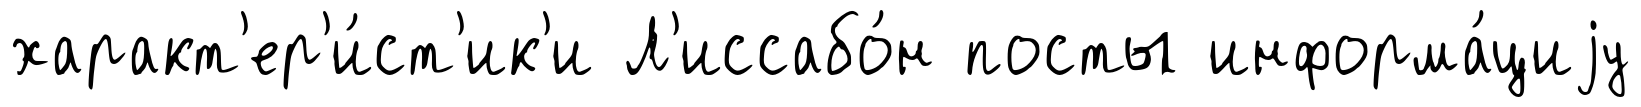
характ'ер'и́ст'ик'и Л'иссабо́н посты информа́циjу